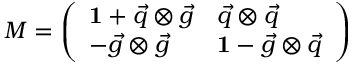
M = \left( \begin{array} { l l } { { { \bf 1 } + { \vec { q } } \otimes { \vec { g } } } } & { { { \vec { q } } \otimes { \vec { q } } } } \\ { { - { \vec { g } } \otimes { \vec { g } } } } & { { { \bf 1 } - { \vec { g } } \otimes { \vec { q } } } } \end{array} \right)